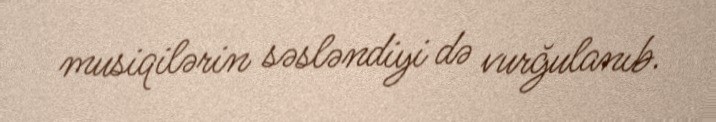
musiqilərin səsləndiyi də vurğulanıb.